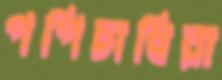
পপিচাষিরা